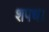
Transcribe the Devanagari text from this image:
शपथ।